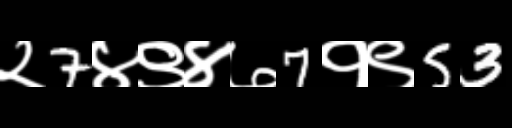
Text: २7४९४७7१९53